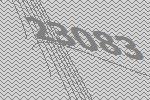
23083